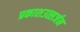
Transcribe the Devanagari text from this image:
प्रकाशउत्सर्जन